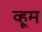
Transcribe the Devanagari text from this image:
व्हूम